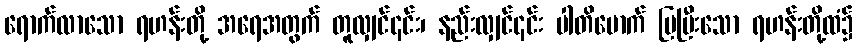
ရောက်လာသော ရဟန်းတို့ အရေအတွက် တူလျှင်၎င်း၊ နည်းလျှင်၎င်း ပါတိမောက် ပြပြီးသော ရဟန်းတို့ထံ၌